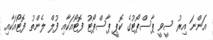
އަންނަ އިރު ސީވީ ޕާސްޕޯޓުގެ ކޮޕީ ޕާސްޕޯޓު ފޮޓޯއަކާއި ފުލް ލެންތު ފޮޓޯއަަކާއި